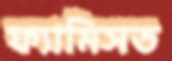
ফ্যামিসড